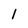
Character: 1